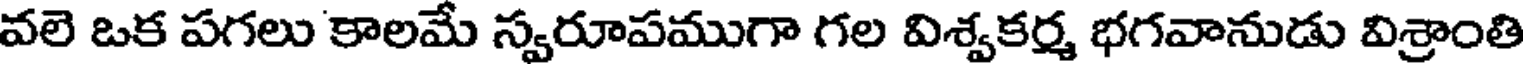
వలె ఒక పగలు కాలమే స్వరూపముగా గల విశ్వకర్మ భగవానుడు విశ్రాంతి